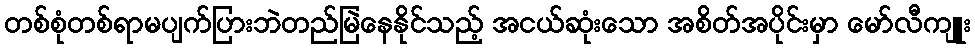
တစ်စုံတစ်ရာမပျက်ပြားဘဲတည်မြဲနေနိုင်သည့် အငယ်ဆုံးသော အစိတ်အပိုင်းမှာ မော်လီကျူး